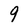
Character: 9